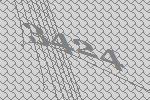
3424